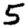
Digit: 5